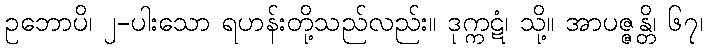
ဥဘောပိ၊ ၂-ပါးသော ရဟန်းတို့သည်လည်း။ ဒုက္ကဋံ၊ သို့။ အာပဇ္ဇန္တိ၊ ၆၇၊